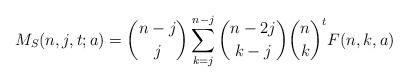
LaTeX: \begin{align*}M_S(n,j,t;a)=\binom{n-j}{j}\sum_{k=j}^{n-j}\binom{n-2j}{k-j}\binom{n}{k}^t F(n, k, a)\end{align*}